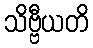
သိဗ္ဗီယတိ